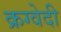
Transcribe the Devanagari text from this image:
क्रग्वेदी